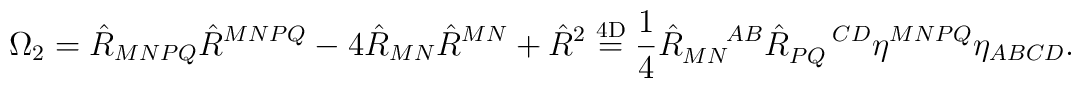
\Omega_{2}=\hat{R}_{MNPQ}\hat{R}^{MNPQ}-4\hat{R}_{MN}\hat{R}^{MN}+\hat{R}^2 \stackrel{\mathrm{4D}}{=}\frac{1}{4}\hat{R}_{MN}^{ \ \ \ \ AB}\hat{R}_{PQ}^{ \ \ \ \ CD}\eta^{MNPQ}\eta_{ABCD}.